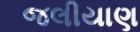
જલીયાણ